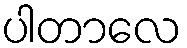
ပါတာလေ